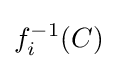
f_{i}^{-1}(C)